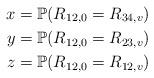
LaTeX: \begin{align*} x & = \mathbb P(R_{12,0} = R_{34,v}) \\ y & = \mathbb P(R_{12,0} = R_{23,v}) \\ z & = \mathbb P(R_{12,0} = R_{12,v}) \\ \end{align*}